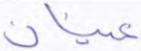
عينان